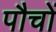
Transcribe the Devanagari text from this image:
पौचों